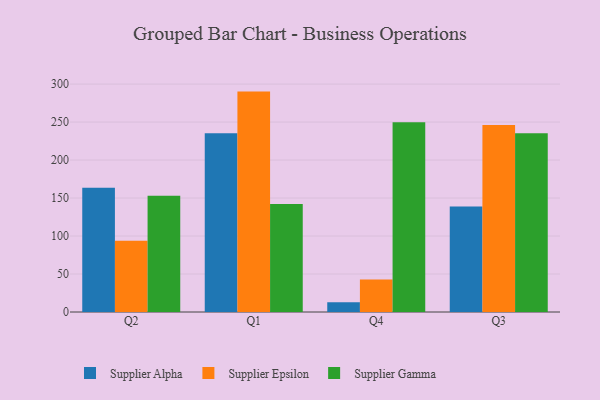
{"axis": {"x": "Quarter", "y": "Budget (USD K)"}, "legend": ["Supplier Alpha", "Supplier Epsilon", "Supplier Gamma"], "data": [{"x": "Q2", "y": 163.7, "type": "Supplier Alpha"}, {"x": "Q2", "y": 93.7, "type": "Supplier Epsilon"}, {"x": "Q2", "y": 153.1, "type": "Supplier Gamma"}, {"x": "Q1", "y": 235.3, "type": "Supplier Alpha"}, {"x": "Q1", "y": 290.1, "type": "Supplier Epsilon"}, {"x": "Q1", "y": 142.3, "type": "Supplier Gamma"}, {"x": "Q4", "y": 12.9, "type": "Supplier Alpha"}, {"x": "Q4", "y": 42.7, "type": "Supplier Epsilon"}, {"x": "Q4", "y": 249.8, "type": "Supplier Gamma"}, {"x": "Q3", "y": 138.9, "type": "Supplier Alpha"}, {"x": "Q3", "y": 246.3, "type": "Supplier Epsilon"}, {"x": "Q3", "y": 235.3, "type": "Supplier Gamma"}]}